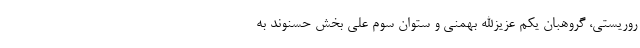
روریستی، گروهبان یکم عزیزالله بهمنی و ستوان سوم علی بخش حسنوند به